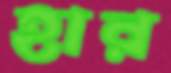
হার